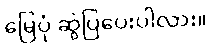
မြေပုံ ဆွဲပြပေးပါလား။